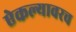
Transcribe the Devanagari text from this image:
ऐकल्यावरच